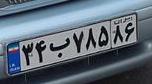
۳۴ب۷۸۵۸۶